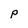
Character: P